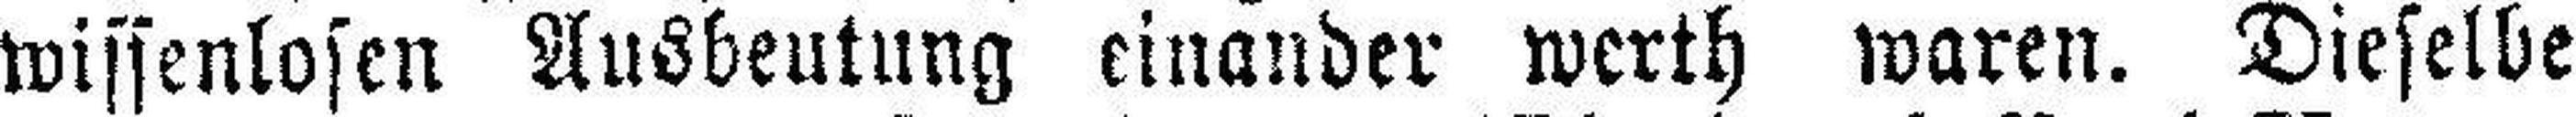
wissenlosen Ausbeutung einander werth waren. Dieselbe